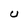
Character: U